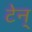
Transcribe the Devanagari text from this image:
टेन्